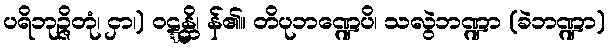
ပရိဘုဉ္ဇိတုံ၊ ငှာ၊) ဝဋ္ဋန္တိ၊ န်၏။ တိပုဘဏ္ဍေပိ၊ သလွဲဘဏ္ဍာ (ခဲဘဏ္ဍာ)